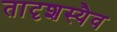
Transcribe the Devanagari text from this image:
तादृशस्यैव